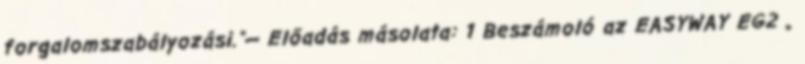
forgalomszabályozási."— Előadás másolata: 1 Beszámoló az EASYWAY EG2 „